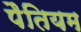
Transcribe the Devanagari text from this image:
पैतियम